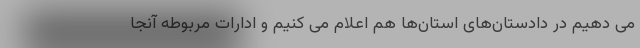
می دهیم در دادستان‌های استان‌ها هم اعلام می کنیم و ادارات مربوطه آنجا